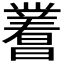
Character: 𬁝